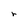
Character: r